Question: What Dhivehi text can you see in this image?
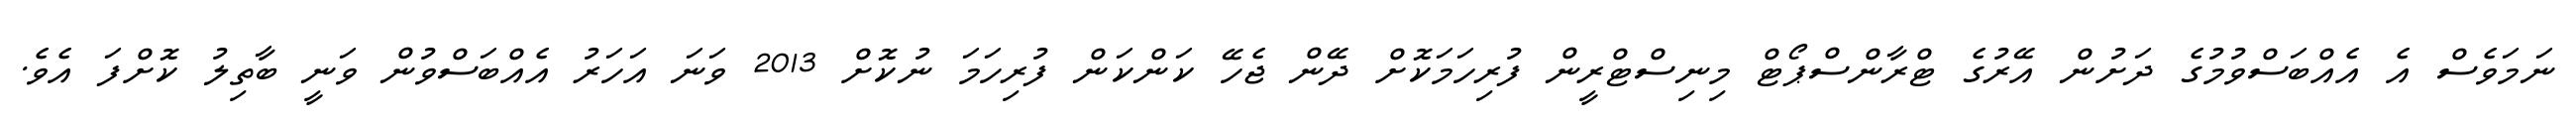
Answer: ނަމަވެސް އެ އެއްބަސްވުމުގެ ދަށުން އޭރުގެ ޓްރާންސްޕޯޓް މިނިސްޓްރީން ފުރިހަމަކޮށް ދޭން ޖެހޭ ކަންކަން ފުރިހަމަ ނުކޮށް 2013 ވަނަ އަހަރު އެއްބަސްވުން ވަނީ ބާތިލު ކޮށްފަ އެވެ.